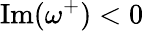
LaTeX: \operatorname{Im}(\omega^{+})<0